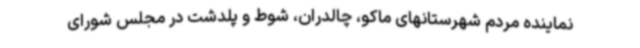
نماینده مردم شهرستانهای ماکو، چالدران، شوط و پلدشت در مجلس شورای